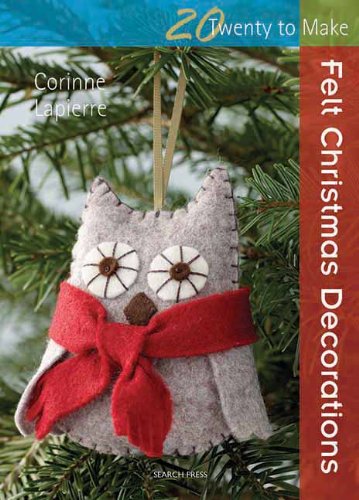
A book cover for Felt Christmas Decorations (Twenty to Make); Corrine Lapierre; Crafts, Hobbies & Home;